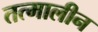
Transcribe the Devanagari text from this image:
तत्मालीन